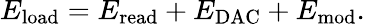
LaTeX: E_{\mathrm{load}}=E_{\mathrm{read}}+E_{\mathrm{DAC}}+E_{\mathrm{mod}}.